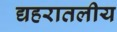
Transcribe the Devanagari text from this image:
द्यहरातलीय